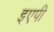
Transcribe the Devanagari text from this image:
इएपी